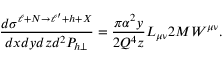
\frac { d \sigma ^ { \ell + N \rightarrow \ell ^ { \prime } + h + X } } { d x d y d z d ^ { 2 } P _ { h \perp } } = \frac { \pi \alpha ^ { 2 } y } { 2 Q ^ { 4 } z } L _ { \mu \nu } 2 M { \cal W } ^ { \mu \nu } .